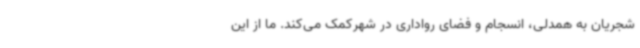
شجریان به همدلی، انسجام و فضای رواداری در شهرکمک می‌کند. ما از این